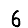
Digit: 6